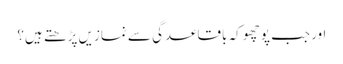
اور جب پوچھو کہ باقاعدگی سے نمازیں پڑھتے ہیں؟